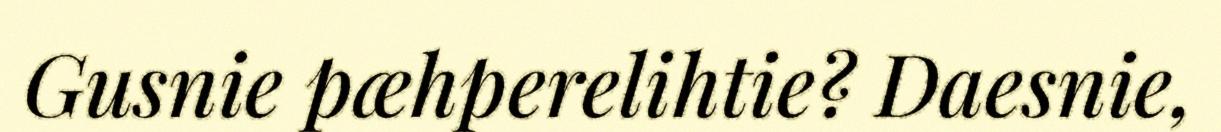
Gusnie pæhperelihtie? Daesnie,